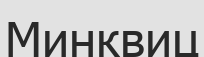
Минквиц